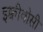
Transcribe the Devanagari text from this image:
इक्वीवोसी